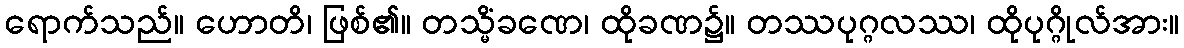
ရောက်သည်။ ဟောတိ၊ ဖြစ်၏။ တသ္မိံခဏေ၊ ထိုခဏ၌။ တဿပုဂ္ဂလဿ၊ ထိုပုဂ္ဂိုလ်အား။